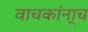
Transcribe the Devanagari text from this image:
वाचकांना्च